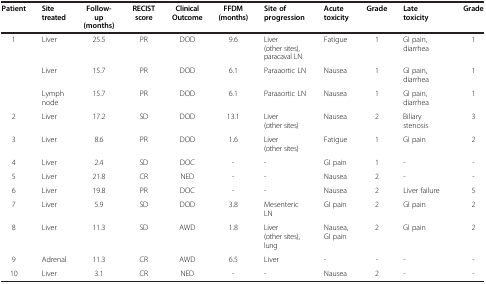
<table><thead><tr><td><b>Patient</b></td><td><b>Site treated</b></td><td><b>Follow-up (months)</b></td><td><b>RECIST score</b></td><td><b>Clinical Outcome</b></td><td><b>FFDM (months)</b></td><td><b>Site of progression</b></td><td><b>Acute toxicity</b></td><td><b>Grade</b></td><td><b>Late toxicity</b></td><td><b>Grade</b></td></tr></thead><tbody><tr><td>1</td><td>Liver</td><td>25.5</td><td>PR</td><td>DOD</td><td>9.6</td><td>Liver (other sites), paracaval LN</td><td>Fatigue</td><td>1</td><td>GI pain, diarrhea</td><td>1</td></tr><tr><td> </td><td>Liver</td><td>15.7</td><td>PR</td><td>DOD</td><td>6.1</td><td>Paraaortic LN</td><td>Nausea</td><td>1</td><td>GI pain, diarrhea</td><td>1</td></tr><tr><td> </td><td>Lymph node</td><td>15.7</td><td>PR</td><td>DOD</td><td>6.1</td><td>Paraaortic LN</td><td>Nausea</td><td>1</td><td>GI pain, diarrhea</td><td>1</td></tr><tr><td>2</td><td>Liver</td><td>17.2</td><td>SD</td><td>DOD</td><td>13.1</td><td>Liver (other sites)</td><td>Nausea</td><td>2</td><td>Biliary stenosis</td><td>3</td></tr><tr><td>3</td><td>Liver</td><td>8.6</td><td>PR</td><td>DOD</td><td>1.6</td><td>Liver (other sites)</td><td>Fatigue</td><td>1</td><td>GI pain</td><td>2</td></tr><tr><td>4</td><td>Liver</td><td>2.4</td><td>SD</td><td>DOC</td><td>-</td><td>-</td><td>GI pain</td><td>1</td><td>-</td><td>-</td></tr><tr><td>5</td><td>Liver</td><td>21.8</td><td>CR</td><td>NED</td><td>-</td><td>-</td><td>Nausea</td><td>2</td><td>-</td><td>-</td></tr><tr><td>6</td><td>Liver</td><td>19.8</td><td>PR</td><td>DOC</td><td>-</td><td>-</td><td>Nausea</td><td>2</td><td>Liver failure</td><td>5</td></tr><tr><td>7</td><td>Liver</td><td>5.9</td><td>SD</td><td>DOD</td><td>3.8</td><td>Mesenteric LN</td><td>GI pain</td><td>2</td><td>GI pain</td><td>2</td></tr><tr><td>8</td><td>Liver</td><td>11.3</td><td>SD</td><td>AWD</td><td>1.8</td><td>Liver (other sites), lung</td><td>Nausea, GI pain</td><td>2</td><td>GI pain</td><td>2</td></tr><tr><td>9</td><td>Adrenal</td><td>11.3</td><td>CR</td><td>AWD</td><td>6.5</td><td>Liver</td><td>-</td><td>-</td><td>-</td><td>-</td></tr><tr><td>10</td><td>Liver</td><td>3.1</td><td>CR</td><td>NED</td><td>-</td><td>-</td><td>Nausea</td><td>2</td><td>-</td><td>-</td></tr></tbody></table>